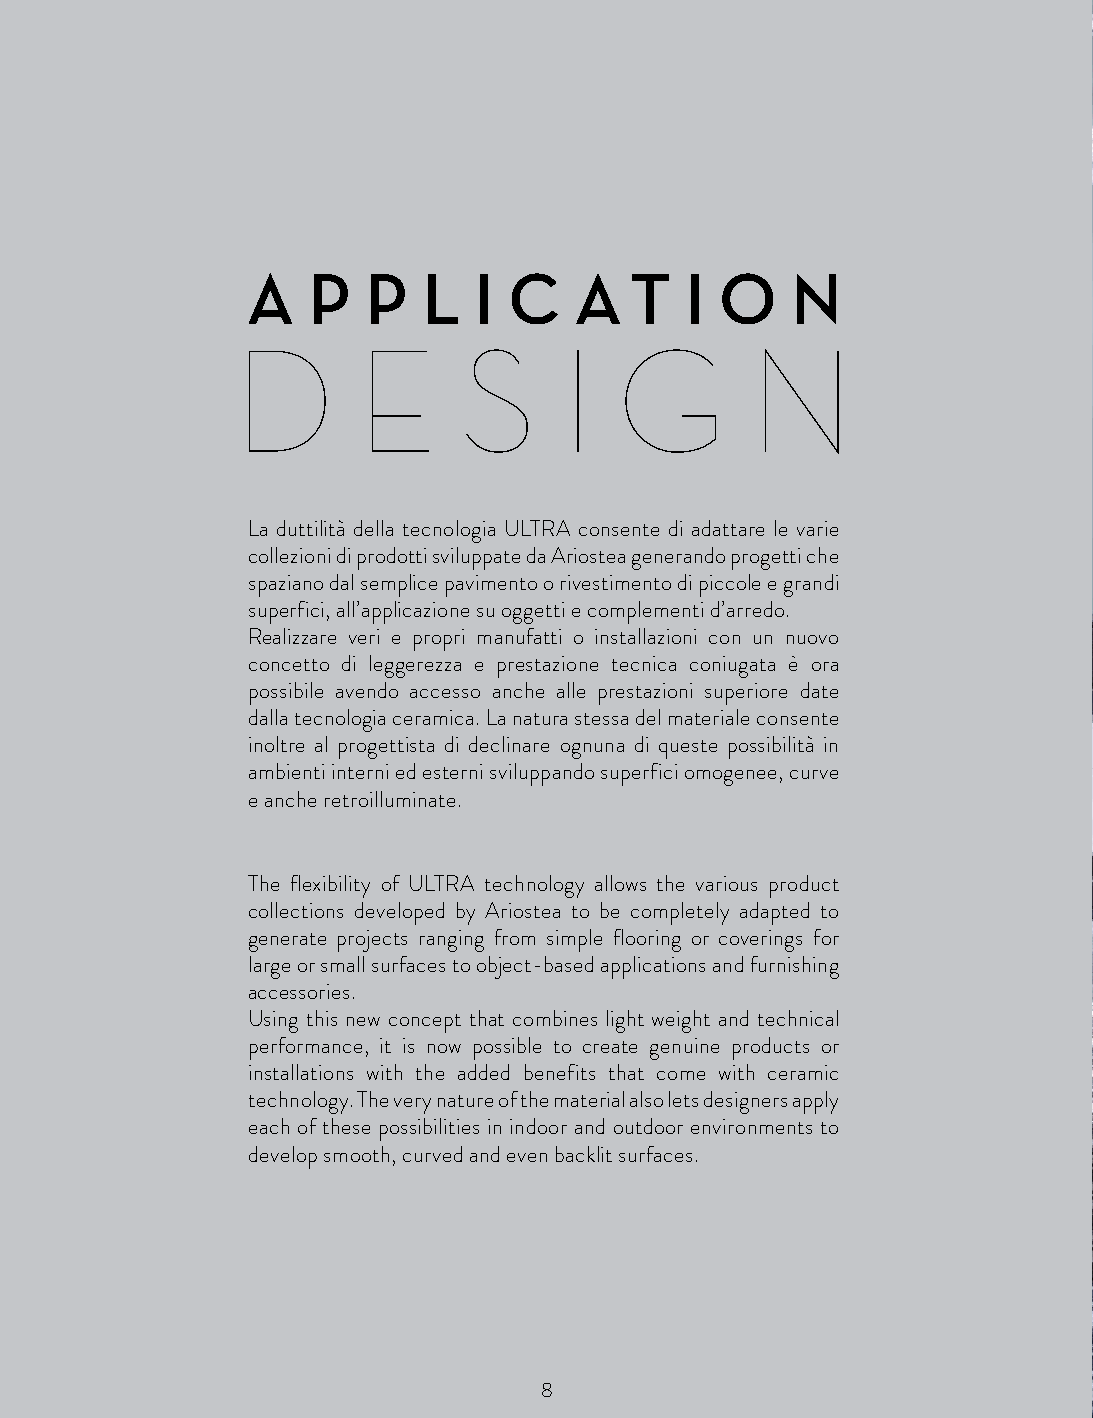
A   P   P   L  I  C   A   T  I  O   N
 D       E      S     I   G        N
 La duttilità della tecnologia ULTRA consente di adattare le varie
 collezioni di prodotti sviluppate da Ariostea generando progetti che
 spaziano dal semplice pavimento o rivestimento di piccole e grandi
 superfici, all’applicazione su oggetti e complementi d’arredo.
 Realizzare veri e propri manufatti o installazioni con un nuovo
 concetto di leggerezza e prestazione tecnica coniugata è ora
 possibile avendo accesso anche alle prestazioni superiore date
 dalla tecnologia ceramica. La natura stessa del materiale consente
 inoltre al progettista di declinare ognuna di queste possibilità in
 ambienti interni ed esterni sviluppando superfici omogenee, curve
 e anche retroilluminate.
 The flexibility of ULTRA technology allows the various product
 collections developed by Ariostea to be completely adapted to
 generate projects ranging from simple flooring or coverings for
 large or small surfaces to object-based applications and furnishing
 accessories.
 Using this new concept that combines light weight and technical
 performance, it is now possible to create genuine products or
 installations with the added benefits that come with ceramic
 technology. The very nature of the material also lets designers apply
 each of these possibilities in indoor and outdoor environments to
 develop smooth, curved and even backlit surfaces.
 8